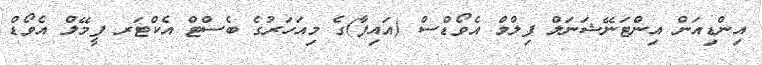
އިންޑިއަން އިންޓަނޭޝަނަލް ފިލްމް އެވޯޑްސް (އައިފާ)ގެ މިއަހަރުގެ ބެސްޓް އެކްޓަރ ފީމޭލް އެވޯޑް